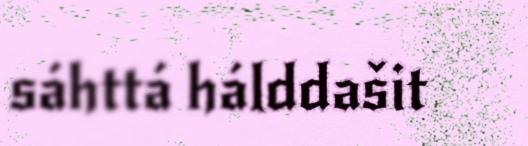
sáhttá hálddašit